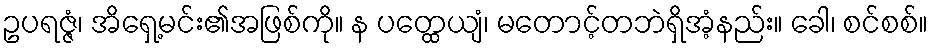
ဥပရဇ္ဇံ၊ အိရှေ့မင်း၏အဖြစ်ကို။ န ပတ္ထေယျံ၊ မတောင့်တဘဲရှိအံ့နည်း။ ခေါ၊ စင်စစ်။